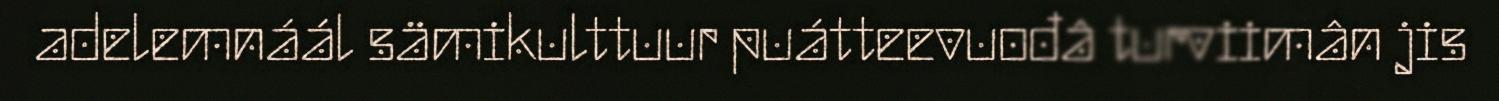
adelemnáál sämikulttuur puátteevuođâ turviimân jis